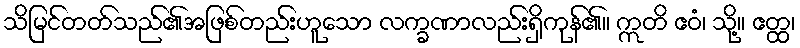
သိမြင်တတ်သည်၏အဖြစ်တည်းဟူသော လက္ခဏာလည်းရှိကုန်၏။ ဣတိ ဧဝံ၊ သို့။ ဧတ္ထ၊